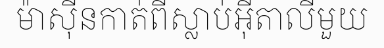
ម៉ាស៊ីនកាត់ពីស្លាប់អ៊ីតាលីមួយ